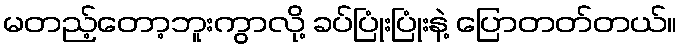
မတည့်တော့ဘူးကွာလို့ ခပ်ပြုံးပြုံးနဲ့ ပြောတတ်တယ်။